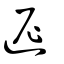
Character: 迡